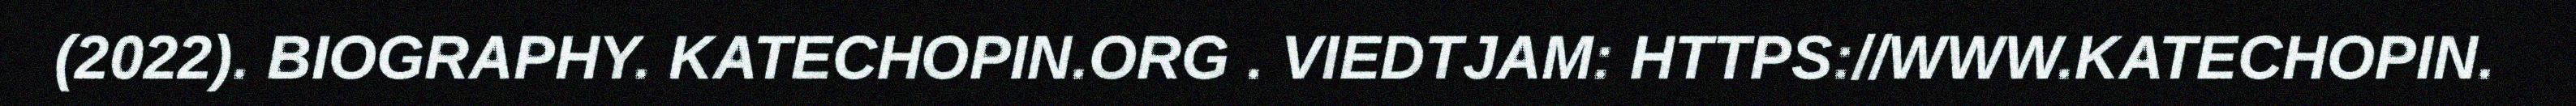
(2022). BIOGRAPHY. KATECHOPIN.ORG . VIEDTJAM: HTTPS://WWW.KATECHOPIN.